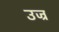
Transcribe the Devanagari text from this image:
उज्र